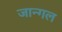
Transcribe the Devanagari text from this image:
जान्गल